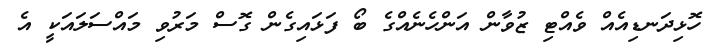
ހޮޅިދަނޑިއެއް ވެއްޓި ޒުވާން އަންހެނެއްގެ ބޯ ފަޅައިގެން ގޮސް މަރުވި މައްސަލައަކީ އެ